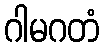
ဂါမဂတံ